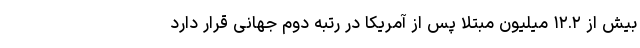
بیش از ۱۲.۲ میلیون مبتلا پس از آمریکا در رتبه دوم جهانی قرار دارد